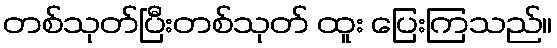
တစ်သုတ်ပြီးတစ်သုတ် ထူး ပြေးကြသည်။